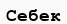
Себек